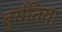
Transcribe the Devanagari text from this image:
बुर्यतिया